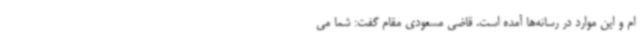
ام و این موارد در رسانه‌ها آمده است. قاضی مسعودی مقام گفت: شما می